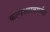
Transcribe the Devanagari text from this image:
कल्पशास्त्रमर्मज्ञ